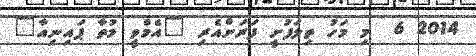
2014 6  މި މަހު ތިލަފުށީ ފަރަށްއެރި "އެމްވީ މުތާ ޕައިނިއާ"